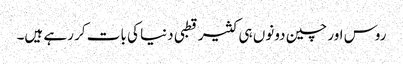
روس اور چین دونوں ہی کثیر قطبی دنیا کی بات کر رہے ہیں۔